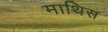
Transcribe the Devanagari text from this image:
माथिस